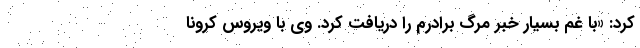
کرد: «با غم بسیار خبر مرگ برادرم را دریافت کرد. وی با ویروس کرونا